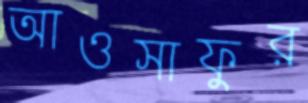
আওসাফুর